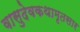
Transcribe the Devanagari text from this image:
वासुदेवकथामृतसार